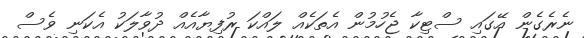
ނެރެގެން އޭގައި ސްޓިކާ ޖެހުމުން އެތަކެއް ލައްކަ ރުފިޔާއެއް ދުވާލަކު އެކަނި ވެސް